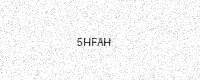
Text: 5HFAH